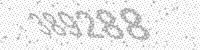
Solution: 389288